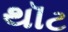
થૉટ